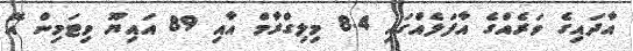
އާދައިގެ ވަރެއްގެ އާފަލެއްގައި 8.4 މިލިގްރާމް އާއި 89 އައިޔޫ ވިޓަމިން އޭ